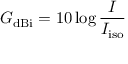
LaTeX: G _ { \mathrm { d B i } } = 1 0 \log { \frac { I } { I _ { \mathrm { i s o } } } }